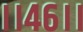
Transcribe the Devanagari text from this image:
।।४६।।